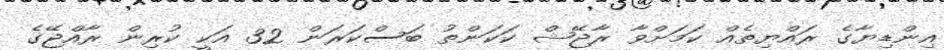
އިންޑިޔާގެ ރައްޔިތެއް ކަމަށްވާ ރާޖޭޝް ކަކަންތު ބަސްކަރަން 32 އަކީ ކުރިން ރާއްޖޭގެ